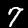
Label: 7